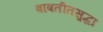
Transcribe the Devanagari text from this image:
बाबतीतसुद्धा